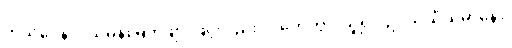
ကုသဂ္ဂေနပိ၊ သမန်းမြက်ဖျားဖြင့်လည်း။ ဂဟေတွာ၊ ယူ၍။ ဥပသိင်္ဃိယမာနော၊